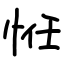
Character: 㤛